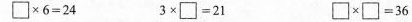
$$\square\times6=24$$ $$3\times\square=21$$ $$\square\times\square=36$$